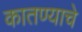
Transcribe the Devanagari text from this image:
कातण्याचे